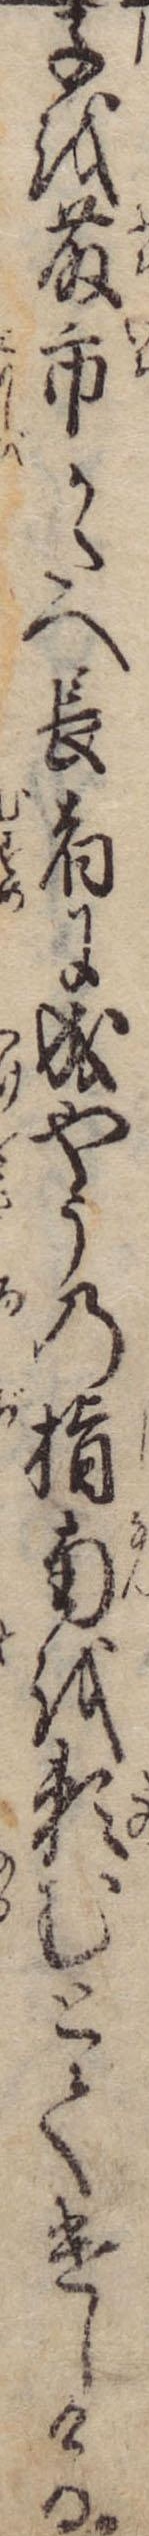
子を藤市かたへ長者に成やうの指南を頼むとて遣しける